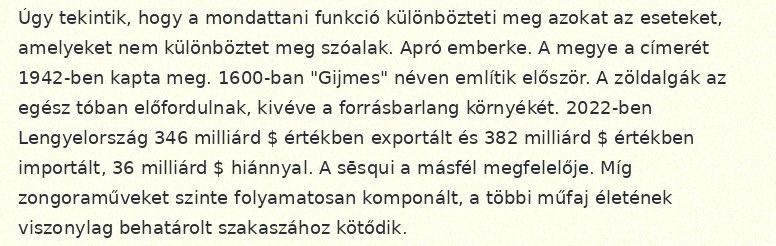
Úgy tekintik, hogy a mondattani funkció különbözteti meg azokat az eseteket, amelyeket nem különböztet meg szóalak. Apró emberke. A megye a címerét 1942-ben kapta meg. 1600-ban "Gijmes" néven említik először. A zöldalgák az egész tóban előfordulnak, kivéve a forrásbarlang környékét. 2022-ben Lengyelország 346 milliárd $ értékben exportált és 382 milliárd $ értékben importált, 36 milliárd $ hiánnyal. A sēsqui a másfél megfelelője. Míg zongoraműveket szinte folyamatosan komponált, a többi műfaj életének viszonylag behatárolt szakaszához kötődik.